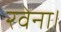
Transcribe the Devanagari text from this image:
रवेना।